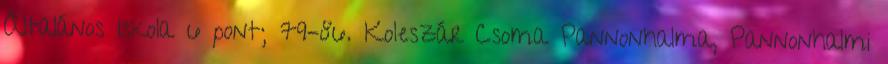
Általános Iskola 6 pont; 79–86. Koleszár Csoma Pannonhalma, Pannonhalmi